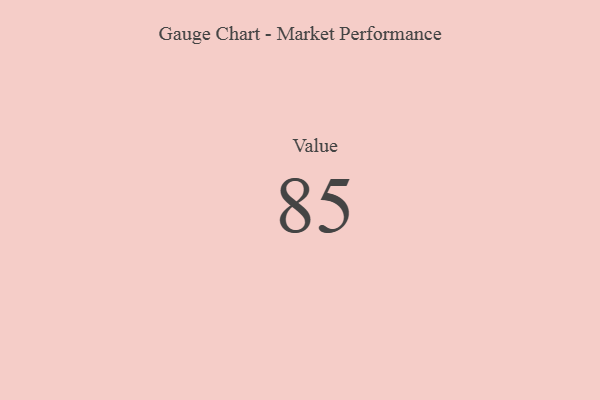
{"axis": {"x": "Metric", "y": "Value"}, "legend": [""], "data": [{"x": "Value", "y": 85, "type": ""}]}